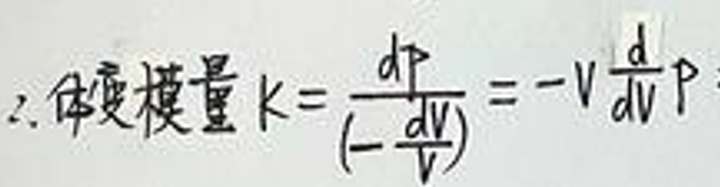
2. 体积模量\(K=\frac{dP}{(-\frac{dV}{V})}=-V\frac{dP}{dV}\)